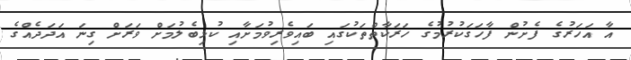
އާ އަހަރުގެ ފެށުން ފާހަގަކުރުމުގެ ހަރަކާތްތަކުގައި ބައިވެރިވުމަށާއި ކުޅިބެލުމަށް ވަރަށް ގިނަ އަދަދެއްގެ